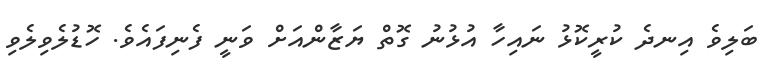
ބަލިވެ އިނދެ ކުރީކޮޅު ނައިހާ އުޅުނު ގޮތް ޔަޒާންއަށް ވަނީ ފެނިފައެވެ. ހޮޑުލެވިލެވި